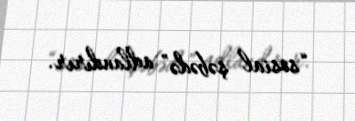
“sosial şəbədə” adlandırır.